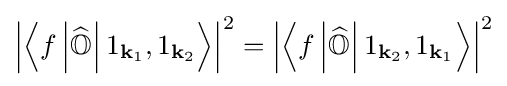
\left|\left\langle f\left|{\widehat {\mathbb {O} }}\right|1_{\mathbf {k} _{1}},1_{\mathbf {k} _{2}}\right\rangle \right|^{2}=\left|\left\langle f\left|{\widehat {\mathbb {O} }}\right|1_{\mathbf {k} _{2}},1_{\mathbf {k} _{1}}\right\rangle \right|^{2}